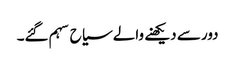
دور سے دیکھنے والے سیاح سہم گئے۔